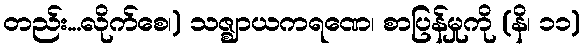
တည်း...လိုက်စေ၊) သဇ္ဈာယကရဏေ၊ စာပြန်မှုကို (နိ၊ ၁၁)